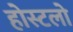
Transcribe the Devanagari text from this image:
होस्टलो